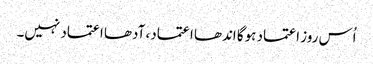
اُس روز اعتماد ہوگا اندھا اعتماد، آدھا اعتماد نہیں۔